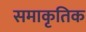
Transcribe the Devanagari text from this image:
समाकृतिक